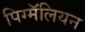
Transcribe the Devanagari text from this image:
पिग्मॅलियन